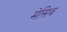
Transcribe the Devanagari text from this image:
मेसिव